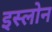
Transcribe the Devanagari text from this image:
इस्लोन